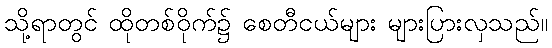
သို့ရာတွင် ထိုတစ်ဝိုက်၌ စေတီငယ်များ များပြားလှသည်။